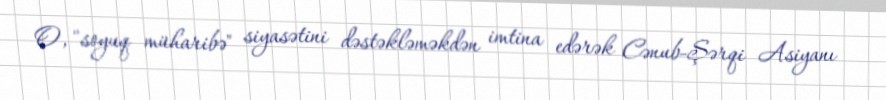
O, "soyuq müharibə" siyasətini dəstəkləməkdən imtina edərək Cənub-Şərqi Asiyanı